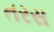
તરસ